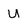
Character: U